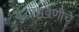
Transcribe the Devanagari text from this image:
युद्धछावणीचे